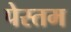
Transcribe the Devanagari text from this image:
पेस्तम